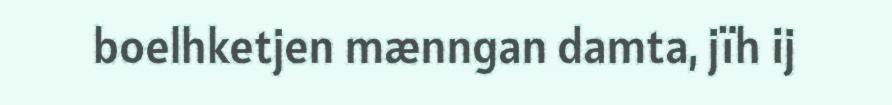
boelhketjen mænngan damta, jïh ij